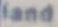
land